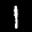
Label: 1